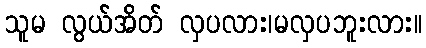
သူမ လွယ်အိတ် လှပလား၊မလှပဘူးလား။